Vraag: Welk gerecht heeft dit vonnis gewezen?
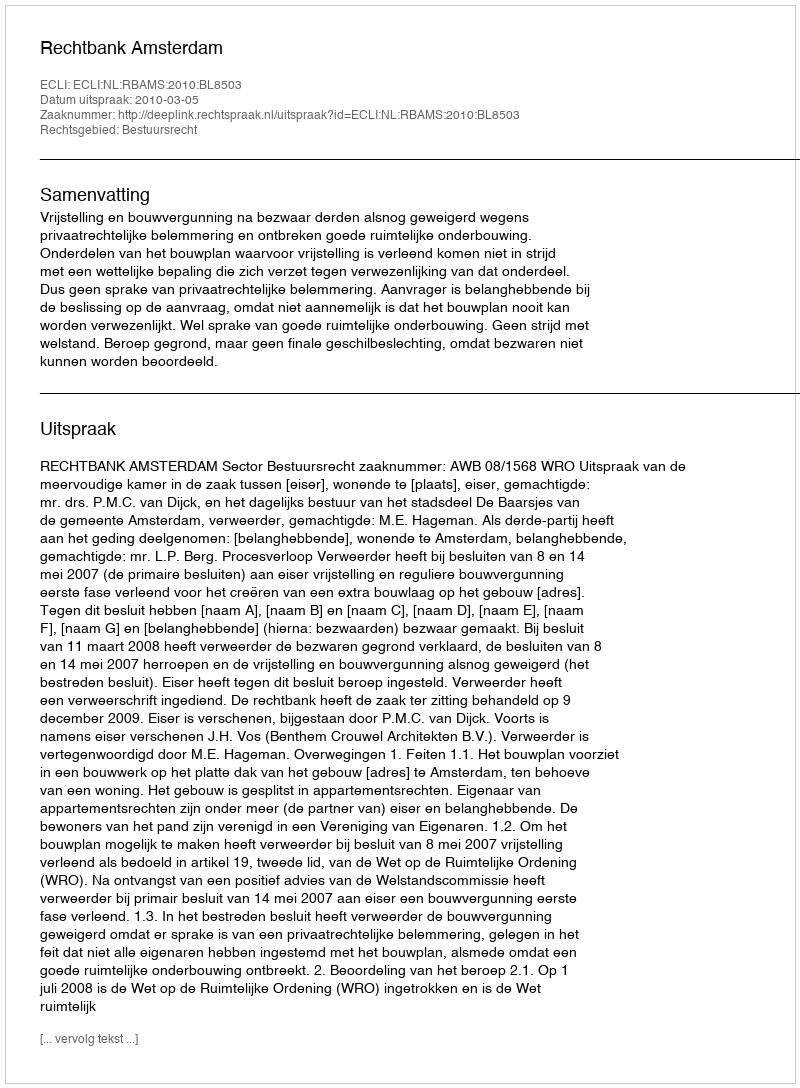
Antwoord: Rechtbank Amsterdam